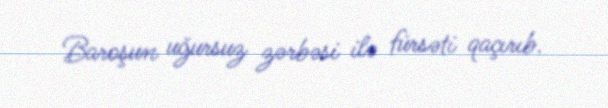
Baroşun uğursuz zərbəsi ilə fürsəti qaçırıb.